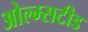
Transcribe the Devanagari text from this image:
ओल्म्सटीड